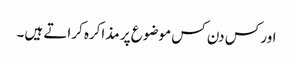
اور کس دن کس موضوع پر مذاکرہ کراتے ہیں۔